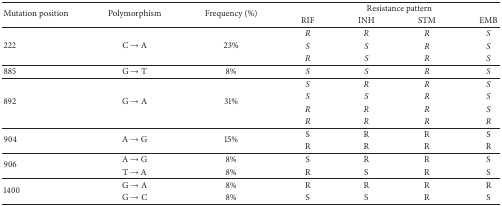
<table><thead><tr><td rowspan="2"><b>Mutation position</b></td><td rowspan="2"><b>Polymorphism</b></td><td rowspan="2"><b>Frequency (%)</b></td><td colspan="4"><b>Resistance pattern</b></td></tr><tr><td><b>RIF</b></td><td><b>INH</b></td><td><b>STM</b></td><td><b>EMB</b></td></tr></thead><tbody><tr><td rowspan="3">222</td><td rowspan="3">C → A</td><td rowspan="3">23%</td><td><i>R</i></td><td><i>R</i></td><td><i>R</i></td><td><i>S</i></td></tr><tr><td><i>S</i></td><td><i>S</i></td><td><i>R</i></td><td><i>S</i></td></tr><tr><td><i>R</i></td><td><i>S</i></td><td><i>R</i></td><td><i>S</i></td></tr><tr><td>885</td><td>G → T</td><td>8%</td><td><i>S</i></td><td><i>S</i></td><td><i>R</i></td><td><i>S</i></td></tr><tr><td rowspan="4">892</td><td rowspan="4">G → A</td><td rowspan="4">31%</td><td><i>S</i></td><td><i>R</i></td><td><i>R</i></td><td><i>S</i></td></tr><tr><td><i>S</i></td><td><i>S</i></td><td><i>R</i></td><td><i>S</i></td></tr><tr><td><i>R</i></td><td><i>R</i></td><td><i>R</i></td><td><i>S</i></td></tr><tr><td><i>R</i></td><td><i>R</i></td><td><i>R</i></td><td><i>R</i></td></tr><tr><td rowspan="2">904</td><td rowspan="2">A → G</td><td rowspan="2">15%</td><td>S</td><td>R</td><td>R</td><td>S</td></tr><tr><td>R</td><td>R</td><td>R</td><td>R</td></tr><tr><td rowspan="2">906</td><td>A → G</td><td>8%</td><td>S</td><td>R</td><td>R</td><td>S</td></tr><tr><td>T → A</td><td>8%</td><td>R</td><td>S</td><td>R</td><td>S</td></tr><tr><td rowspan="2">1400</td><td>G → A</td><td>8%</td><td>R</td><td>R</td><td>R</td><td>R</td></tr><tr><td>G → C</td><td>8%</td><td>S</td><td>S</td><td>R</td><td>S</td></tr></tbody></table>